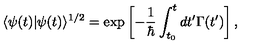
\langle \psi ( t ) | \psi ( t ) \rangle ^ { 1 / 2 } = \exp \left[ - \frac { 1 } { \hbar } \int _ { t _ { 0 } } ^ { t } d t ^ { \prime } \Gamma ( t ^ { \prime } ) \right] ,